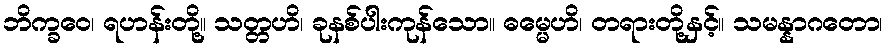
ဘိက္ခဝေ၊ ရဟန်းတို့။ သတ္တဟိ၊ ခုနစ်ပါးကုန်သော။ ဓမ္မေဟိ၊ တရားတို့နှင့်။ သမန္နာဂတော၊